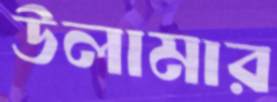
উলামার